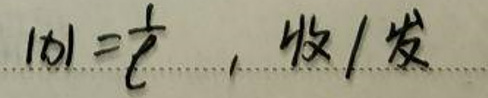
$| a | = \frac { 1 } { 2 }, $求 / 发